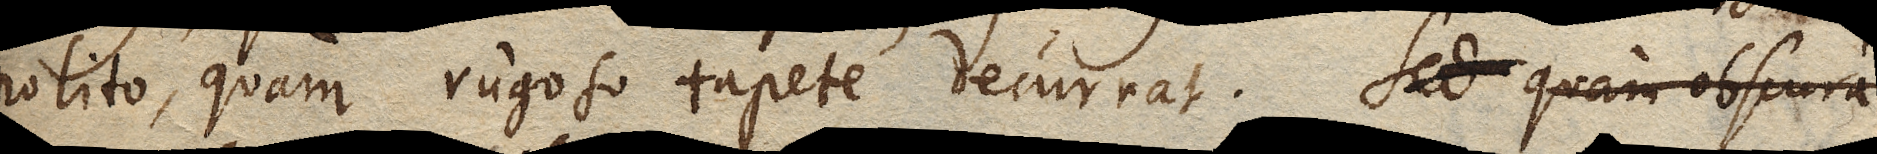
polito, quam rugoso tapete decurrat. Sed quam obscura